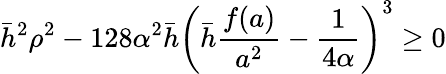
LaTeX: \bar{h}^{2}\rho^{2}-128\alpha^{2}\bar{h}\left(\bar{h}\frac{f(a)}{a^{2}}-\frac{1}{4\alpha}\right)^{3}\geq 0